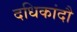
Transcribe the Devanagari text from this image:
दधिकांदौ